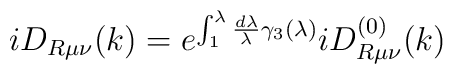
iD_{R\mu \nu }(k)=e^{\int_1^\lambda \frac{d\lambda }\lambda \gamma_3(\lambda )}iD_{R\mu \nu }^{(0)}(k)